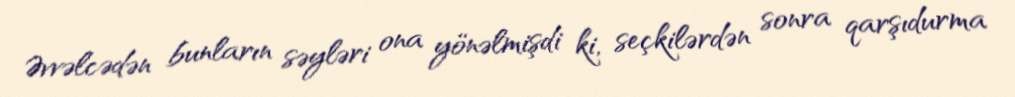
Əvvəlcədən bunların səyləri ona yönəlmişdi ki, seçkilərdən sonra qarşıdurma